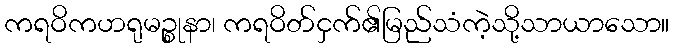
ကရဝိကဟရုမဉ္စုနာ၊ ကရဝိတ်ငှက်၏မြည်သံကဲ့သို့သာယာသော။